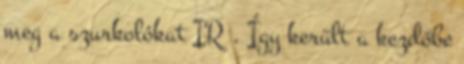
meg a szurkolókat IR . Így került a kezdőbe